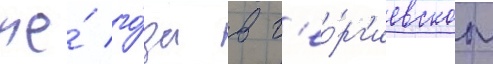
же́ го́да в г'ео́рг'иевском